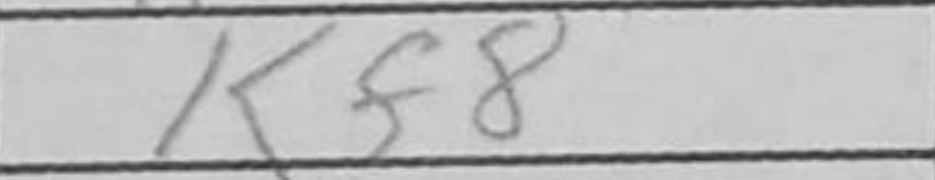
Transcription: Kf8